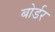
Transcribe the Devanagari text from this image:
बोर्डर